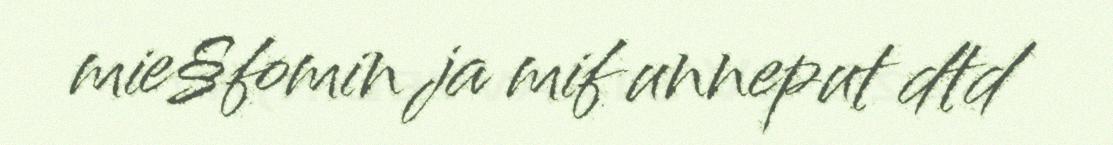
mie§fomin ja mif unneput dtd